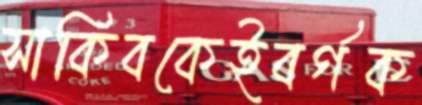
সাকিবকেইবর্গক